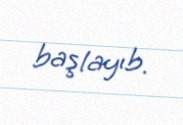
başlayıb.